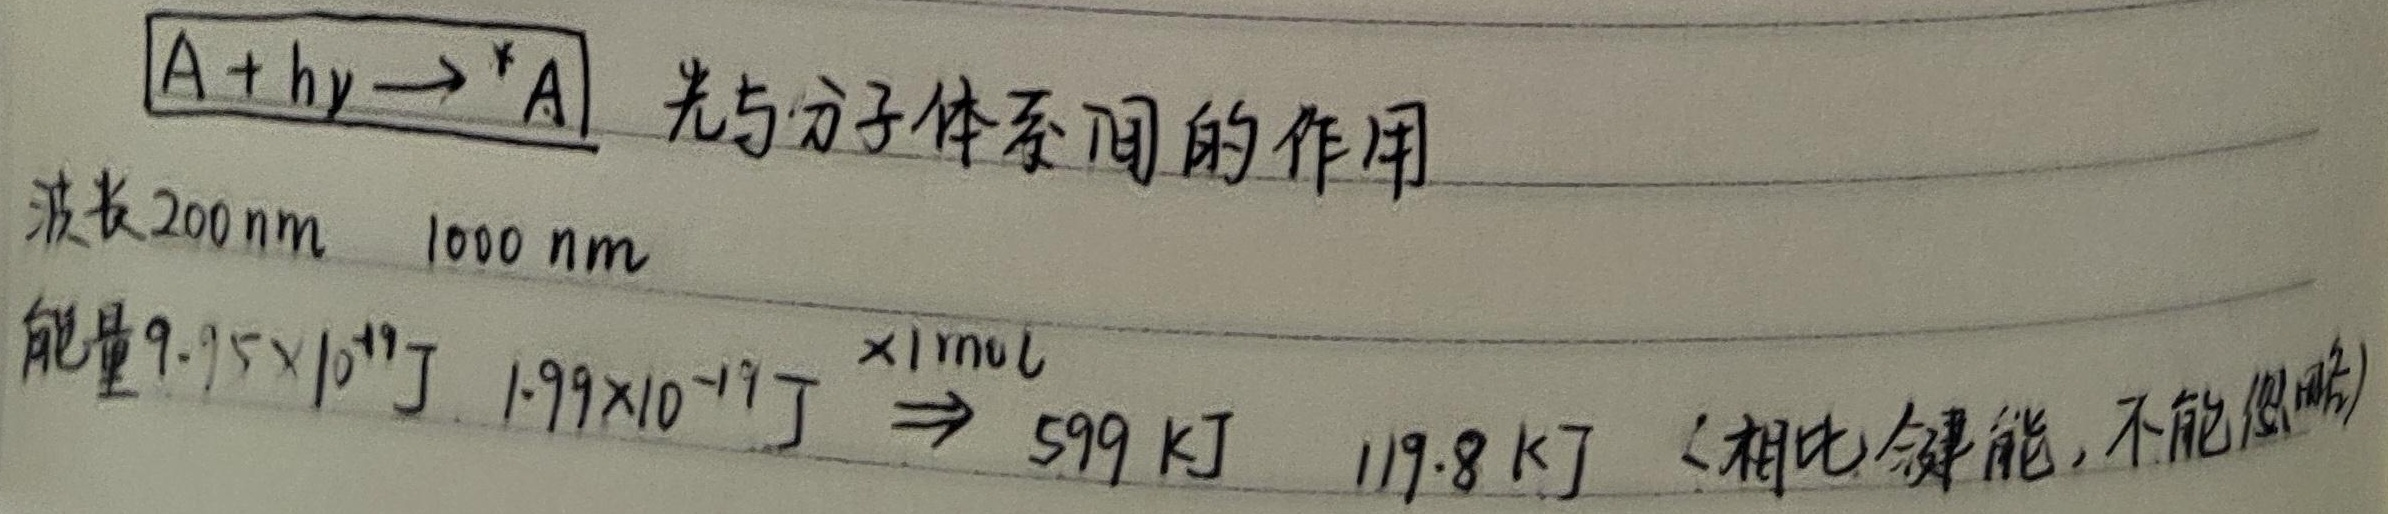
光与分子体系间的作用：\(A + h\nu\rightarrow^{*}A\)，波长范围为 \(200\text{ nm}\) 到 \(1000\text{ nm}\)，能量范围为 \(9.95\times 10^{-19}\text{ J}\) 到 \(1.99\times 10^{-19}\text{ J}\)，\(\times1\text{ mol}\Rightarrow599\text{ kJ}\) 到 \(119.8\text{ kJ}\) （相比键能，不能忽略）